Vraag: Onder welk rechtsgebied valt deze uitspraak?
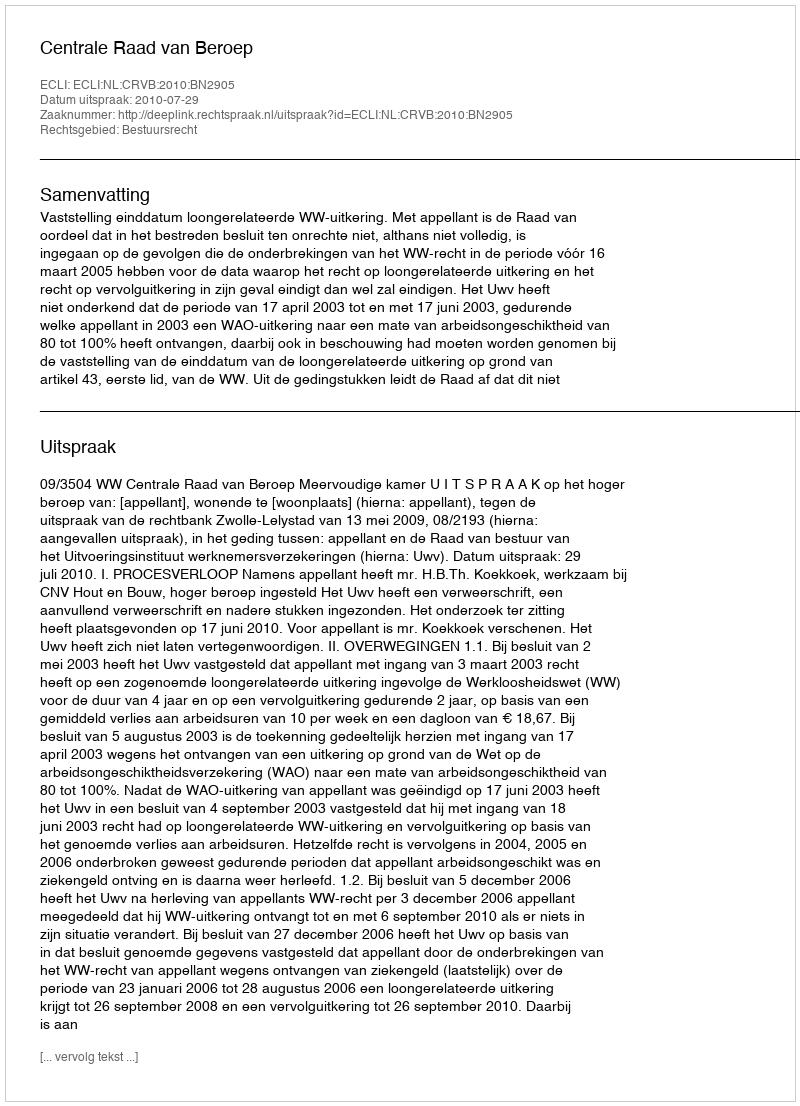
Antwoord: Bestuursrecht